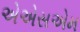
એએસએમ